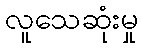
လူသေဆုံးမှု